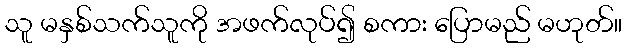
သူ မနှစ်သက်သူကို အဖက်လုပ်၍ စကား ပြောမည် မဟုတ်။